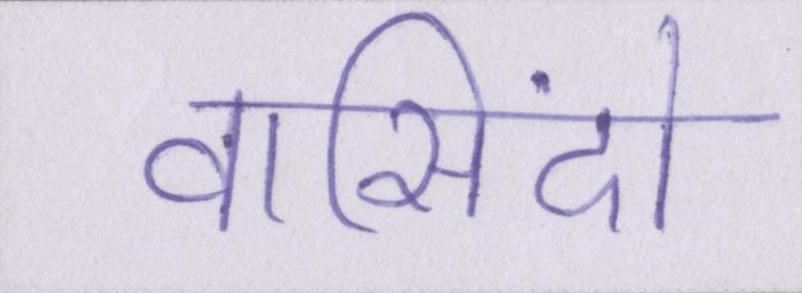
वासिंदो